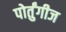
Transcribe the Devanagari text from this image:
पोर्तुंगीज